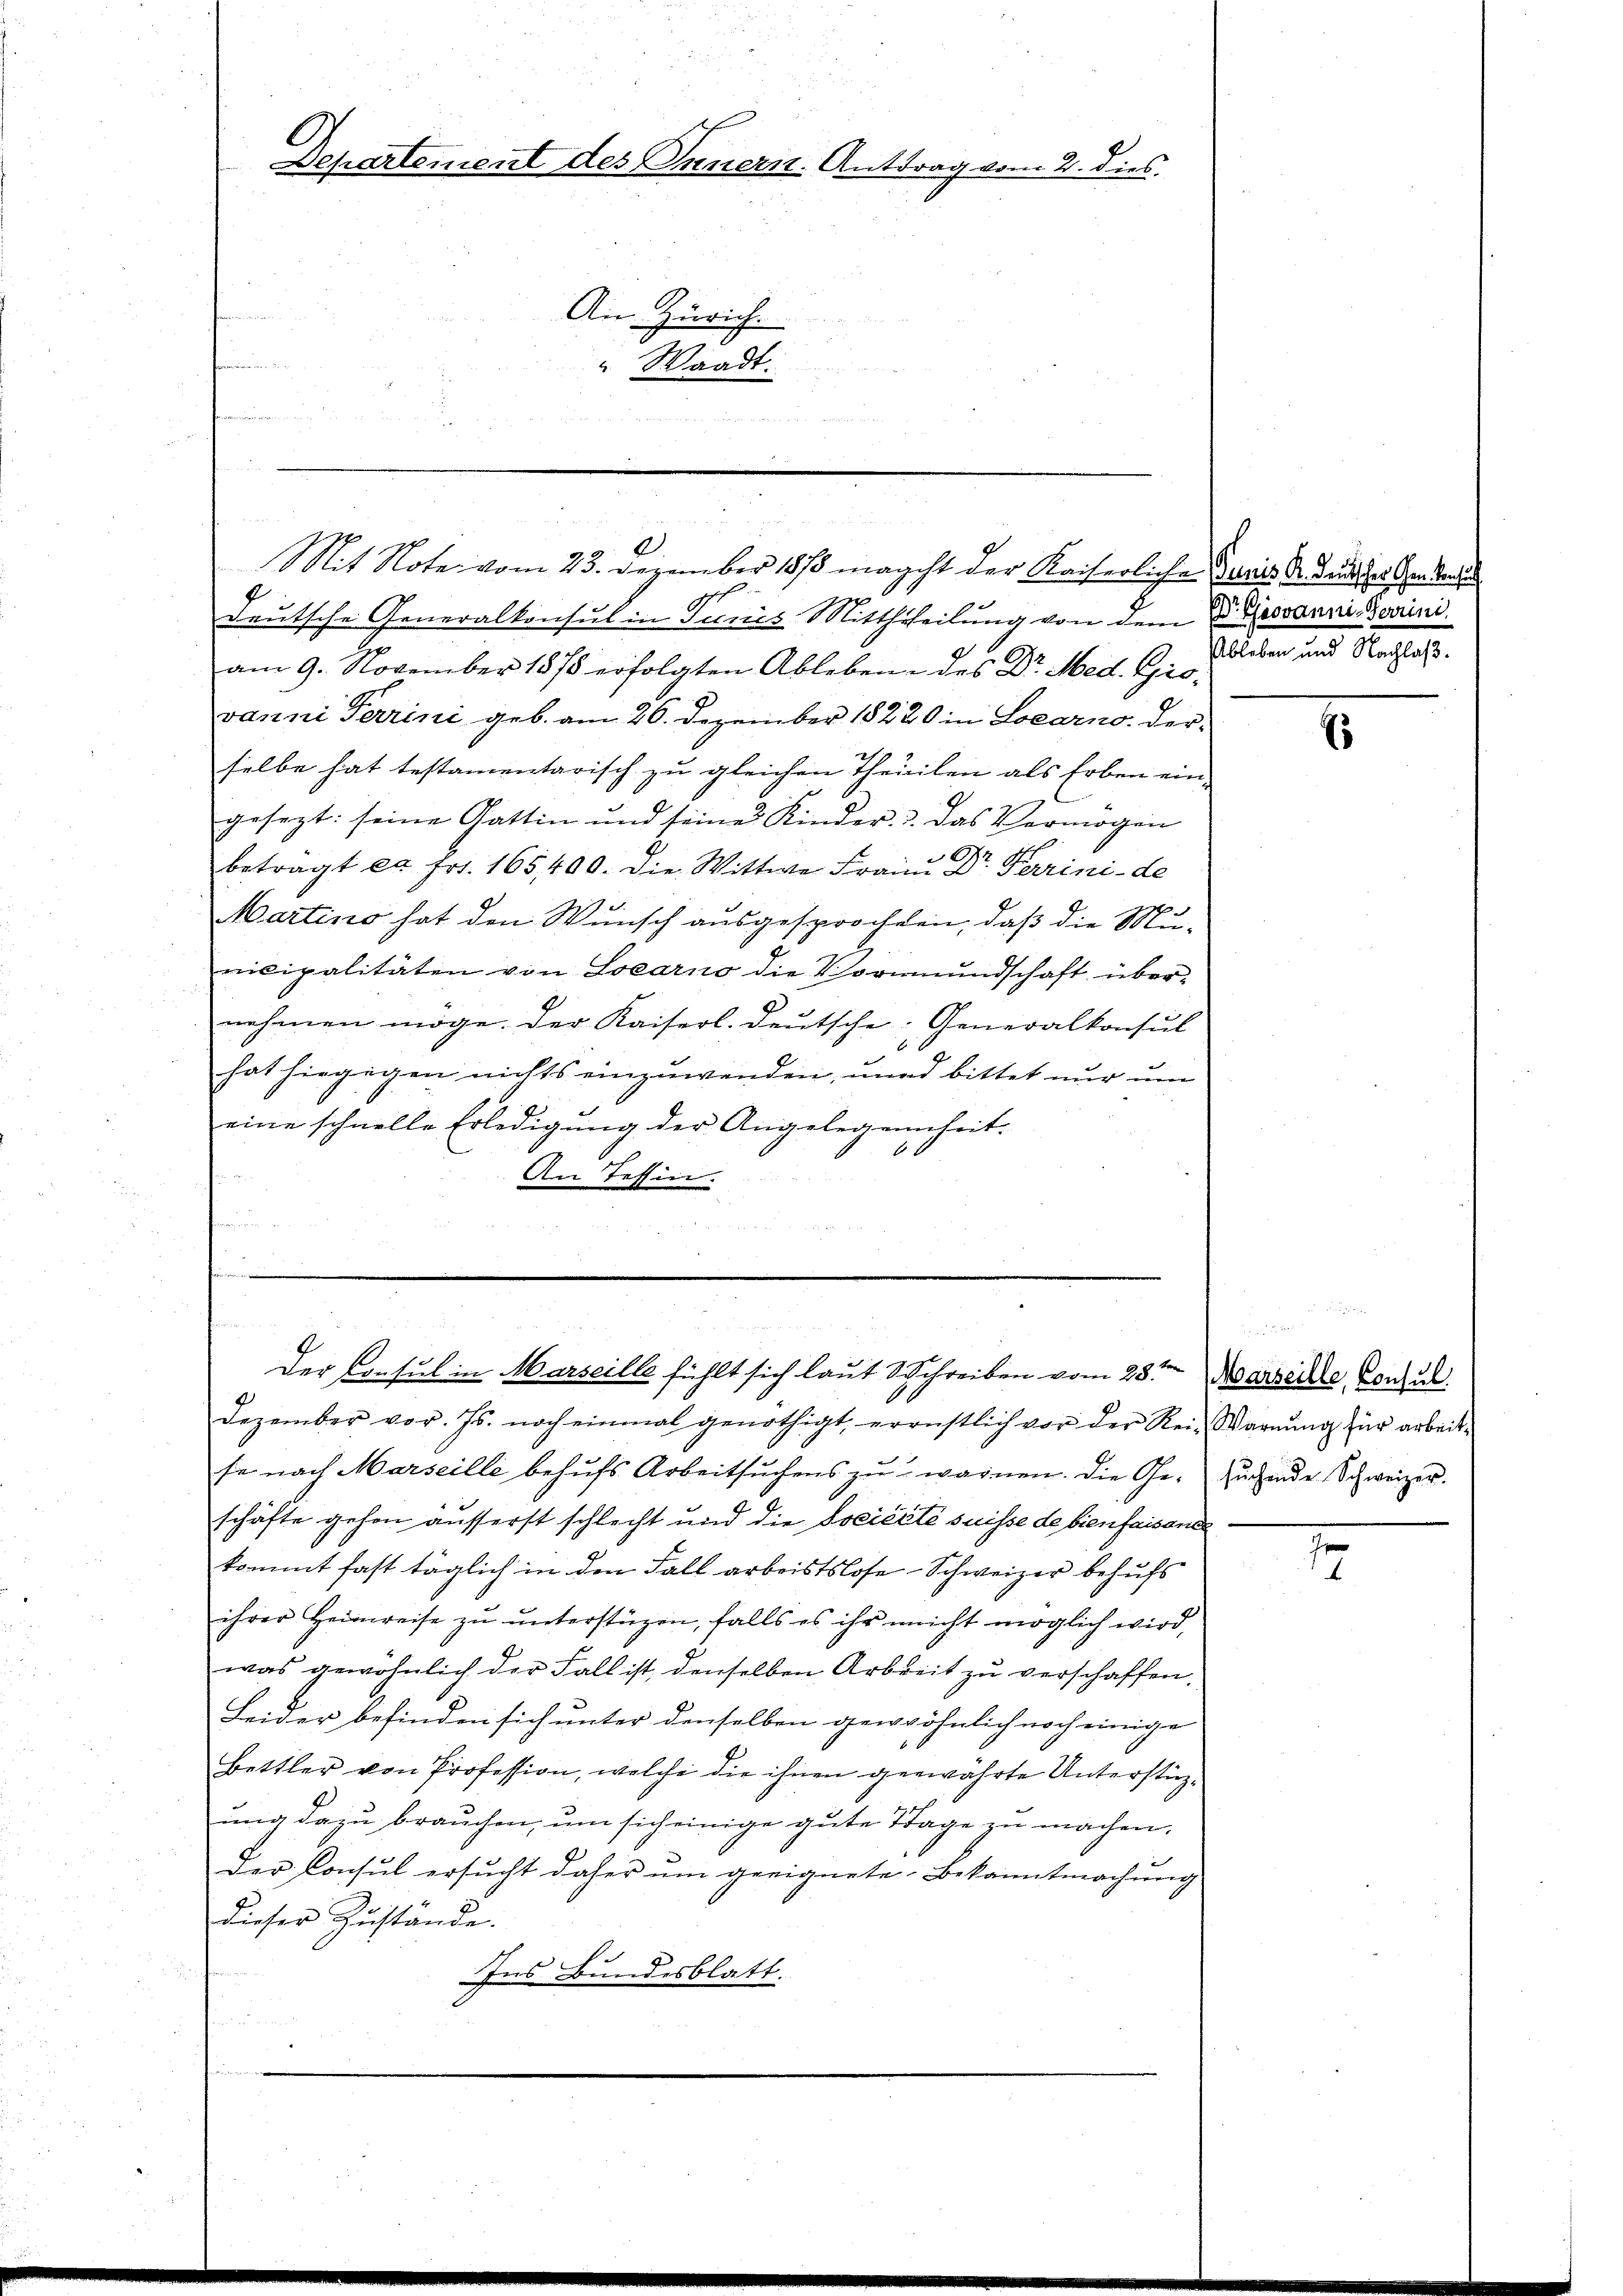
Departement des Innern. Anttrag vom 2. dies.
An Zürich.
" Waadt.

99. D.
Mit Note vom 43. Dezember 1878 macht der Kaiserliche Juris Sr Dunster Herrente
d
deutsche Generalkonsul in Juris Mittheilung von dem Giovanni Domini
am 9. November 1878 erfolgten Ableben des Dr. Med. Giovanni Ferrini geb. am 26. Dezember 18220 in Locarno, der-
selbe hat testamentarisch zu gleichen Theilen als Erben ein-
gesezt: seine Gattin und seines Kinder u. das Vermögen
beträgt es fr. 165400. Die Wittwe Frau Dr. Ferrini - de
Martino hat den Wunsch ausgesprochten, daß die Municipalitäten von Locarno die Vormundschaft übernehmen möge. Der Kaiserl. deŭtsche: Generalkonsul
hat hingegen nichts einzuwenden, und bittet nur um
eine schnelle Erledigung der Angelegennseit-
6
An Tessin.
.

Der Consul in Marseille fühlt sich laut Schreiben vom 28ten Marsecte Consul

Dezember vor. Js. noch einmal genöthigt, ernstlich vor der Rei- Warnŭng für arbeit-
se nach Marseille behufs Arbeitsuchens zu warnen. Die Ge¬ Jugende Schweizer.
schäfte gehen äusserst schlecht und die Société suisse de bien faisance
kommt fast täglich in den Fall arbeistslose - Schweizer behufs
ihrer Heimreise zŭ ŭnterstüzen, falls es ihr nicht möglich wird,
was gewöhnlich der Fall ist, denselben Arbeit zu verschaffen.
Leider befinden sich unter denselben gewöhnlich noch einige
Bettler von Profession, welche die ihnen gewährte Unterstüzung dazu brauchen, um sich einige gute Tage zu machen.
Der Consul ersucht daher um geeignete Bekanntmachung
dieser Zustände.
Ins Bundesblatt.
u

Ableben und Nachlaß.

E

e